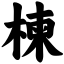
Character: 楝